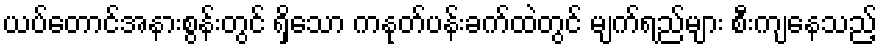
ယပ်တောင်အနားစွန်းတွင် ရှိသော ကနုတ်ပန်းခက်ထဲတွင် မျက်ရည်များ စီးကျနေသည့်